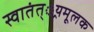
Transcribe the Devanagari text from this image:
स्वातंत््रयमूलक